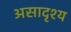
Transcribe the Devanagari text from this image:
असादृश्य